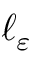
\ell _ { \varepsilon }